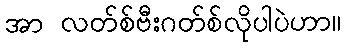
အာ လတ်စ်ဗီးဂတ်စ်လိုပါပဲဟာ။